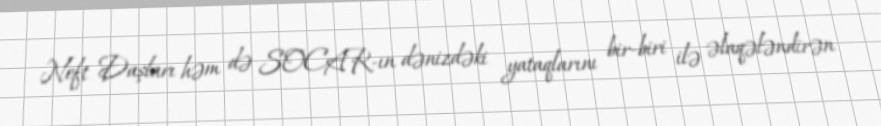
Neft Daşları həm də SOCAR-ın dənizdəki yataqlarını bir-biri ilə əlaqələndirən